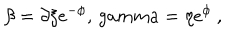
\beta = \partial \xi e ^ { - \phi } , \, g a m m a = \eta e ^ { \phi } \ ,